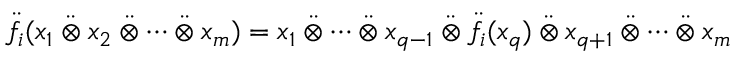
\ddot { f } _ { i } ( x _ { 1 } \mathbin { \ddot { \otimes } } x _ { 2 } \mathbin { \ddot { \otimes } } \cdots \mathbin { \ddot { \otimes } } x _ { m } ) = x _ { 1 } \mathbin { \ddot { \otimes } } \cdots \mathbin { \ddot { \otimes } } x _ { q - 1 } \mathbin { \ddot { \otimes } } \ddot { f } _ { i } ( x _ { q } ) \mathbin { \ddot { \otimes } } x _ { q + 1 } \mathbin { \ddot { \otimes } } \cdots \mathbin { \ddot { \otimes } } x _ { m }